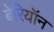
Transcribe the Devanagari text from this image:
बेरियॉन